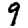
Digit: 9